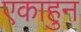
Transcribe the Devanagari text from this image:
एकाहुन